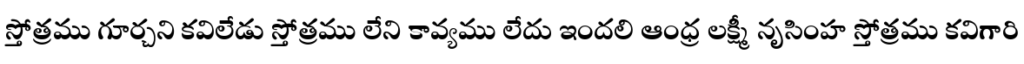
స్తోత్రము గూర్చని కవిలేడు స్తోత్రము లేని కావ్యము లేదు ఇందలి ఆంధ్ర లక్ష్మీ నృసింహ స్తోత్రము కవిగారి